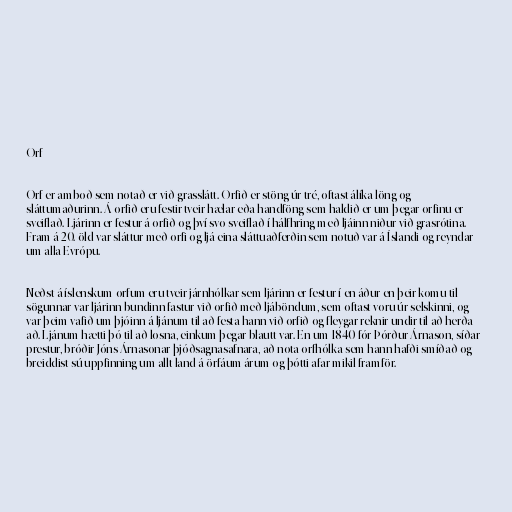
Orf

Orf er amboð sem notað er við grasslátt. Orfið er stöng úr tré, oftast álíka löng og
sláttumaðurinn. Á orfið eru festir tveir hælar eða handföng sem haldið er um þegar orfinu er
sveiflað. Ljárinn er festur á orfið og því svo sveiflað í hálfhring með ljáinn niður við grasrótina.
Fram á 20. öld var sláttur með orfi og ljá eina sláttuaðferðin sem notuð var á Íslandi og reyndar
um alla Evrópu.

Neðst á íslenskum orfum eru tveir járnhólkar sem ljárinn er festur í en áður en þeir komu til
sögunnar var ljárinn bundinn fastur við orfið með ljáböndum, sem oftast voru úr selskinni, og
var þeim vafið um þjóinn á ljánum til að festa hann við orfið og fleygar reknir undir til að herða
að. Ljánum hætti þó til að losna, einkum þegar blautt var. En um 1840 fór Þórður Árnason, síðar
prestur, bróðir Jóns Árnasonar þjóðsagnasafnara, að nota orfhólka sem hann hafði smíðað og
breiddist sú uppfinning um allt land á örfáum árum og þótti afar mikil framför.